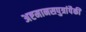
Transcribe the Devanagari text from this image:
अष्टमानसपुत्रांपैकी